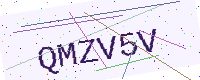
Text: QMZV5V